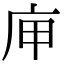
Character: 庘